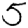
Digit: 5